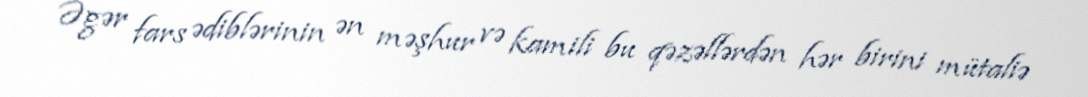
Əgər fars ədiblərinin ən məşhur və kamili bu qəzəllərdən hər birini mütaliə